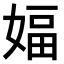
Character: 𫱆